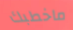
ماخطبك